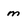
Character: m